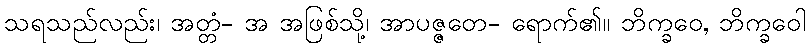
သရသည်လည်း၊ အတ္တံ- အ အဖြစ်သို့၊ အာပဇ္ဇတေ- ရောက်၏။ ဘိက္ခဝေ, ဘိက္ခဝေါ